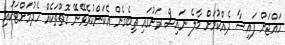
ހައްޖަށް ފައިސާ ދެއްކުމަށް މާލެ ނައިސް ރަށުގައި ތިބެގެން އެކަންކުރެވޭނޭ ގޮތްތަކެއް ހެދުމަށްޓަކައި